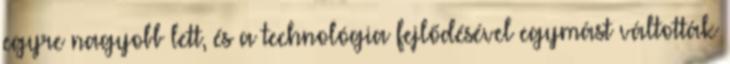
egyre nagyobb lett, és a technológia fejlődésével egymást váltották